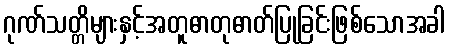
ဂုဏ်သတ္တိများနှင့်အတူဓာတုဓာတ်ပြုခြင်းဖြစ်သောအခါ